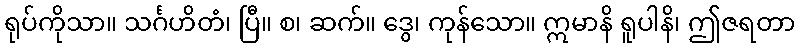
ရုပ်ကိုသာ။ သင်္ဂဟိတံ၊ ပြီ။ စ၊ ဆက်။ ဒွေ၊ ကုန်သော။ ဣမာနိ ရူပါနိ၊ ဤဇရတာ